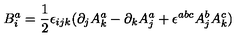
B _ { i } ^ { a } = \frac { 1 } { 2 } \epsilon _ { i j k } ( \partial _ { j } A _ { k } ^ { a } - \partial _ { k } A _ { j } ^ { a } + \epsilon ^ { a b c } A _ { j } ^ { b } A _ { k } ^ { c } )